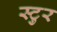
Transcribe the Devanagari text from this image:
स्टुर